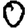
Digit: 0